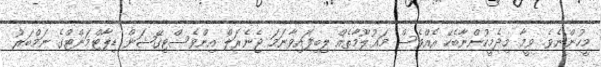
މީހުންނެވެ. ވީމާ މިދެމީހުންނާބެހޭ އެއްވެސް މަޢުލޫމާތެއް ލިބިފައިވާނަމަ ޖެނެރަލް އިންވެސްޓިގޭޝަން ޑިޕާޓްމަންޓްގެ ނަމްބަރު